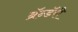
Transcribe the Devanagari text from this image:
ब्रॅन्डॅरी